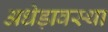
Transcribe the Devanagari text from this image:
अधेड़ावस्था